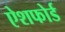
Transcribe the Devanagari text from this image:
ऐशफोर्ड